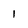
Character: l